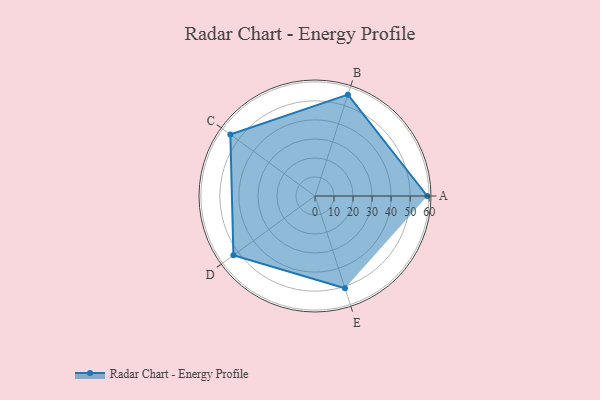
{"axis": {"x": "Skill", "y": "Score"}, "legend": ["Profile"], "data": [{"x": "A", "y": 59.0, "type": "Profile"}, {"x": "B", "y": 56.0, "type": "Profile"}, {"x": "C", "y": 55.0, "type": "Profile"}, {"x": "D", "y": 53.0, "type": "Profile"}, {"x": "E", "y": 51.0, "type": "Profile"}]}